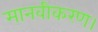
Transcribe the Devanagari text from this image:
मानवीकरण।